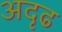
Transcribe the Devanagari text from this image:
अदृढ